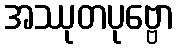
အဿုတပုဗ္ဗော